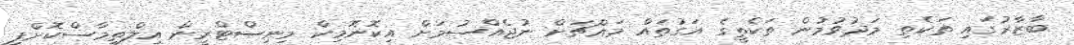
ބާޒާރުގައި ތަކެތި މަދުވުމުން ތަކެތީގެ އަގުތައް މައްޗަށް ނުޖެއްސުމަށް އިކޮނޮމިކް މިނިސްޓްރީން އިލްތިމާސްކޮށްފި